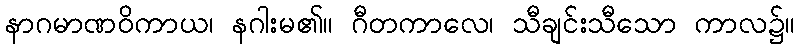
နာဂမာဏဝိကာယ၊ နဂါးမ၏။ ဂီတကာလေ၊ သီချင်းသီသော ကာလ၌။